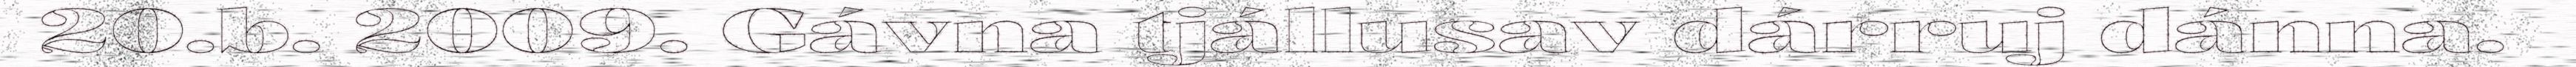
20.b. 2009. Gávna tjállusav dárruj dánna.